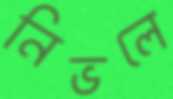
নিভলে